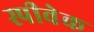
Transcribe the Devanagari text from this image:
स्पीवेक